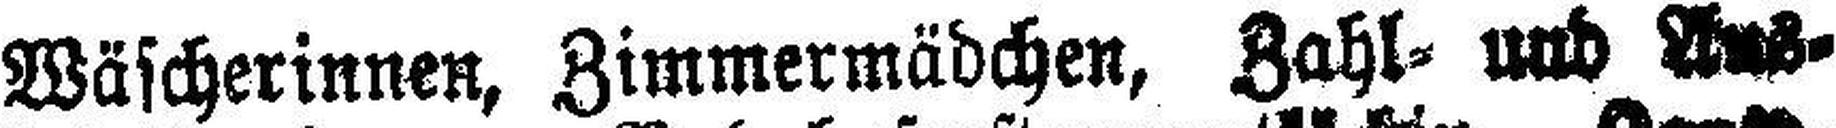
Wäscherinnen, Zimmermädchen, Zahl= und Aus¬